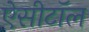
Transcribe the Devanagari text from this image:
ऐसीटॉल